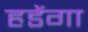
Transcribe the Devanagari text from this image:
हडेंगा